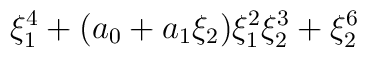
\xi_1^{4} + (a_0 + a_1 \xi_2) \xi_1^{2} \xi_2^{3} + \xi_{2}^{6}